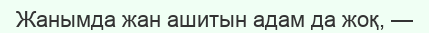
Жанымда жан ашитын адам да жоқ, —